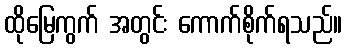
ထိုမြေကွက် အတွင်း ကောက်စိုက်ရသည်။